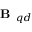
\textbf { B } _ { q d }